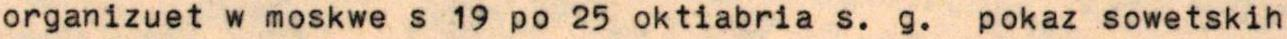
organizuet w moskwe s 19 po 25 oktiabria s. g.  pokaz sowetskih